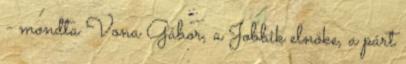
- mondta Vona Gábor, a Jobbik elnöke, a párt